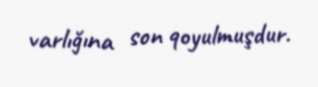
varlığına son qoyulmuşdur.